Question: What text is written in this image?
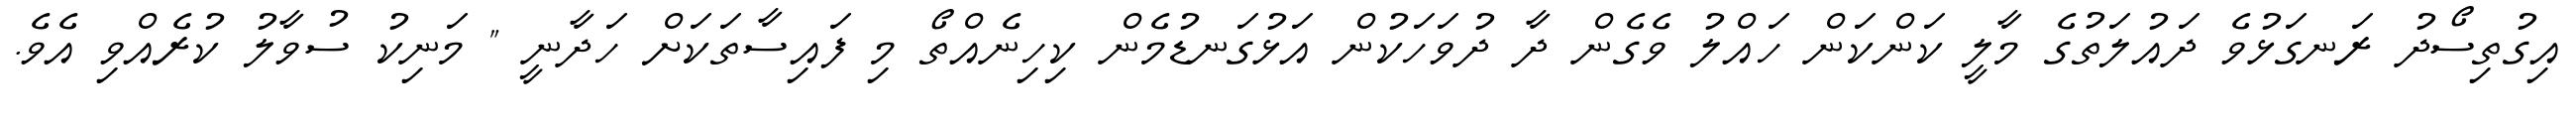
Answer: އިގުތިސޯދު ރަނގަޅުވެ ދައުލަތުގެ މާލީ ކަންކަން ހައްލު ވެގެން ދާ ދުވަހަކުން އަޅުގަނޑުމެން ކިހިނެއްތޯ މި ފައިސާތަކަށް ހަދާނީ " މަނިކު ސުވާލު ކުރެއްވި އެވެ.